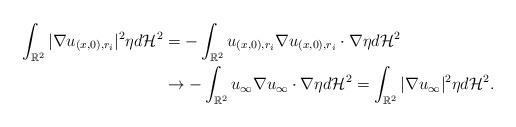
LaTeX: \begin{align*} \int_{\mathbb{R}^2}|\nabla u_{(x, 0), r_i}|^2 \eta d\mathcal{H}^2 & = - \int_{\mathbb{R}^2} u_{(x, 0), r_i} \nabla u_{(x, 0), r_i} \cdot \nabla \eta d\mathcal{H}^2\\ & \rightarrow - \int_{\mathbb{R}^2} u_{\infty} \nabla u_{\infty} \cdot \nabla \eta d\mathcal{H}^2 = \int_{\mathbb{R}^2}|\nabla u_{\infty}|^2 \eta d\mathcal{H}^2.\end{align*}